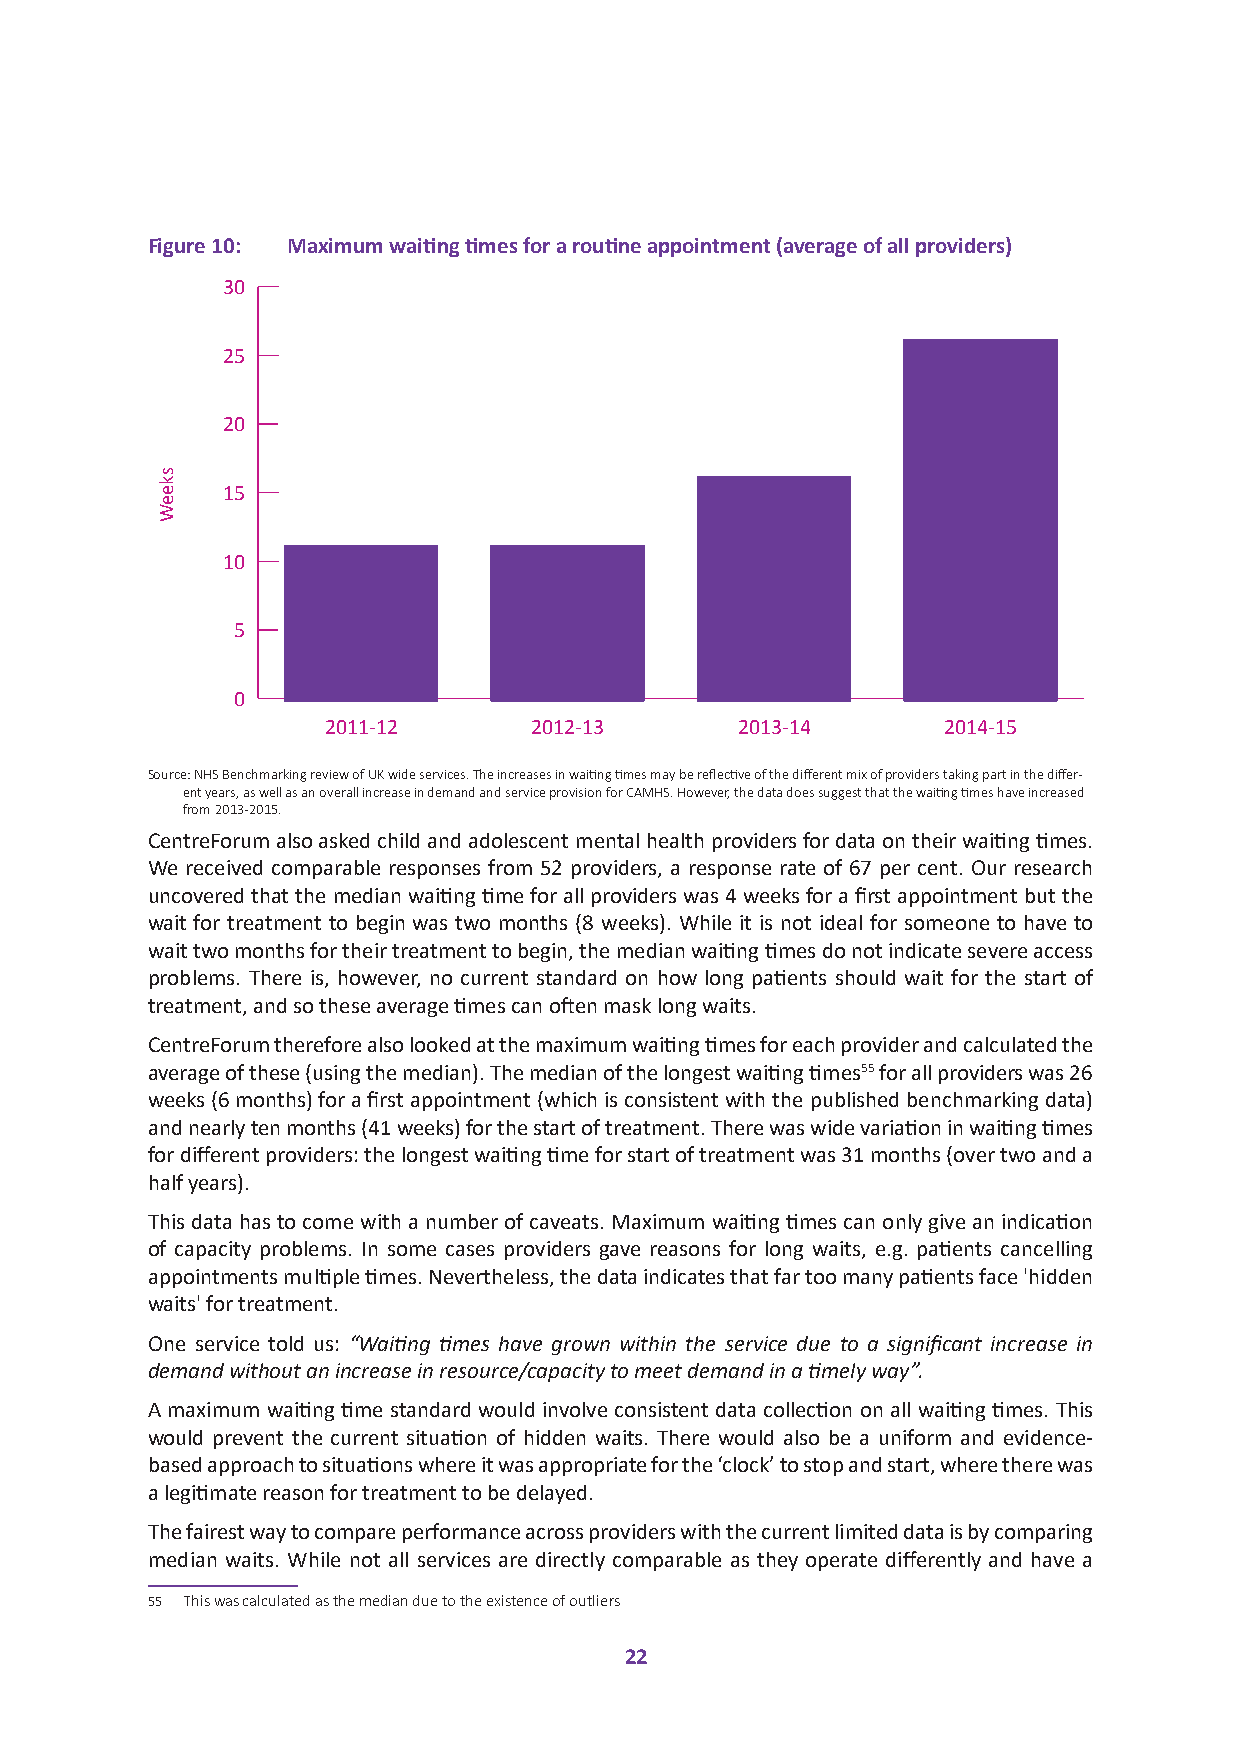
Figure 10: Maximum waiting times for a routine appointment (average of all providers)
 30
 25
 20
 15
 10
 5
 0
 2011-12       2012-13       2013-14      2014-15
 Source: NHS Benchmarking review of UK wide services. The increases in waiting times may be reflective of the different mix of providers taking part in the differ-
 ent years, as well as an overall increase in demand and service provision for CAMHS. However, the data does suggest that the waiting times have increased
 from 2013-2015.
 CentreForum also asked child and adolescent mental health providers for data on their waiting times.
 We received comparable responses from 52 providers, a response rate of 67 per cent. Our research
 uncovered that the median waiting time for all providers was 4 weeks for a first appointment but the
 wait for treatment to begin was two months (8 weeks). While it is not ideal for someone to have to
 wait two months for their treatment to begin, the median waiting times do not indicate severe access
 problems. There is, however, no current standard on how long patients should wait for the start of
 treatment, and so these average times can often mask long waits.
 CentreForum therefore also looked at the maximum waiting times for each provider and calculated the
 average of these (using the median). The median of the longest waiting times55 for all providers was 26
 weeks (6 months) for a first appointment (which is consistent with the published benchmarking data)
 and nearly ten months (41 weeks) for the start of treatment. There was wide variation in waiting times
 for different providers: the longest waiting time for start of treatment was 31 months (over two and a
 half years).
 This data has to come with a number of caveats. Maximum waiting times can only give an indication
 of capacity problems. In some cases providers gave reasons for long waits, e.g. patients cancelling
 appointments multiple times. Nevertheless, the data indicates that far too many patients face 'hidden
 waits' for treatment.
 One service told us: “Waiting times have grown within the service due to a significant increase in
 demand without an increase in resource/capacity to meet demand in a timely way”.
 A maximum waiting time standard would involve consistent data collection on all waiting times. This
 would prevent the current situation of hidden waits. There would also be a uniform and evidence-
 based approach to situations where it was appropriate for the ‘clock’ to stop and start, where there was
 a legitimate reason for treatment to be delayed.
 The fairest way to compare performance across providers with the current limited data is by comparing
 median waits. While not all services are directly comparable as they operate differently and have a
 55 This was calculated as the median due to the existence of outliers
 22
 skeeW